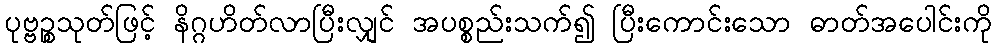
ပုဗ္ဗဉ္စသုတ်ဖြင့် နိဂ္ဂဟိတ်လာပြီးလျှင် အပစ္စည်းသက်၍ ပြီးကောင်းသော ဓာတ်အပေါင်းကို